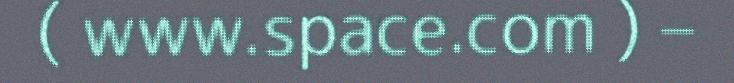
( www.space.com ) –